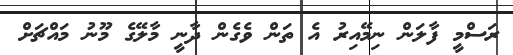
ރަސްމީ ފާލަން ނިމޭއިރު އެ ތަން ވެގެން ދާނީ މާލޭގެ މޫނު މައްޗަށް